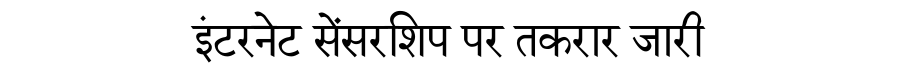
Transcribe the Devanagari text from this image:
इंटरनेट सेंसरशिप पर तकरार जारी